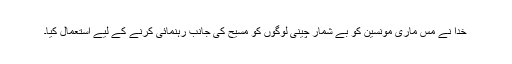
خُدا نے مس ماری مونسین کو بے شمار چینی لوگوں کو مسیح کی جانب رہنمائی کرنے کے لیے استعمال کیا۔